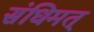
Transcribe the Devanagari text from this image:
संधिमत्